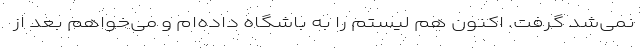
نمی‌شد گرفت. اکنون هم لیستم را به باشگاه داده‌ام و می‌خواهم بعد از